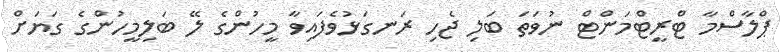
ޕްލާސްމާ ޓްރީޓްމަންޓް ނުވަތަ ބަލި ޖެހި ރަނގަޅުވެފައިވާ މީހުންގެ ލޭ ބަލިމީހުންްގެ ގަޔަށް